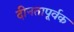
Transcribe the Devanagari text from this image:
दीनतापूर्वक